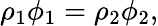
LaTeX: \rho_{1}\phi_{1}=\rho_{2}\phi_{2},